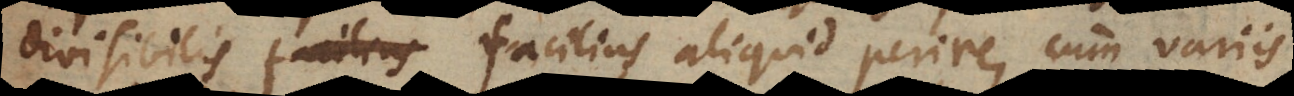
divisibilis facilius aliquid perire, cum variis